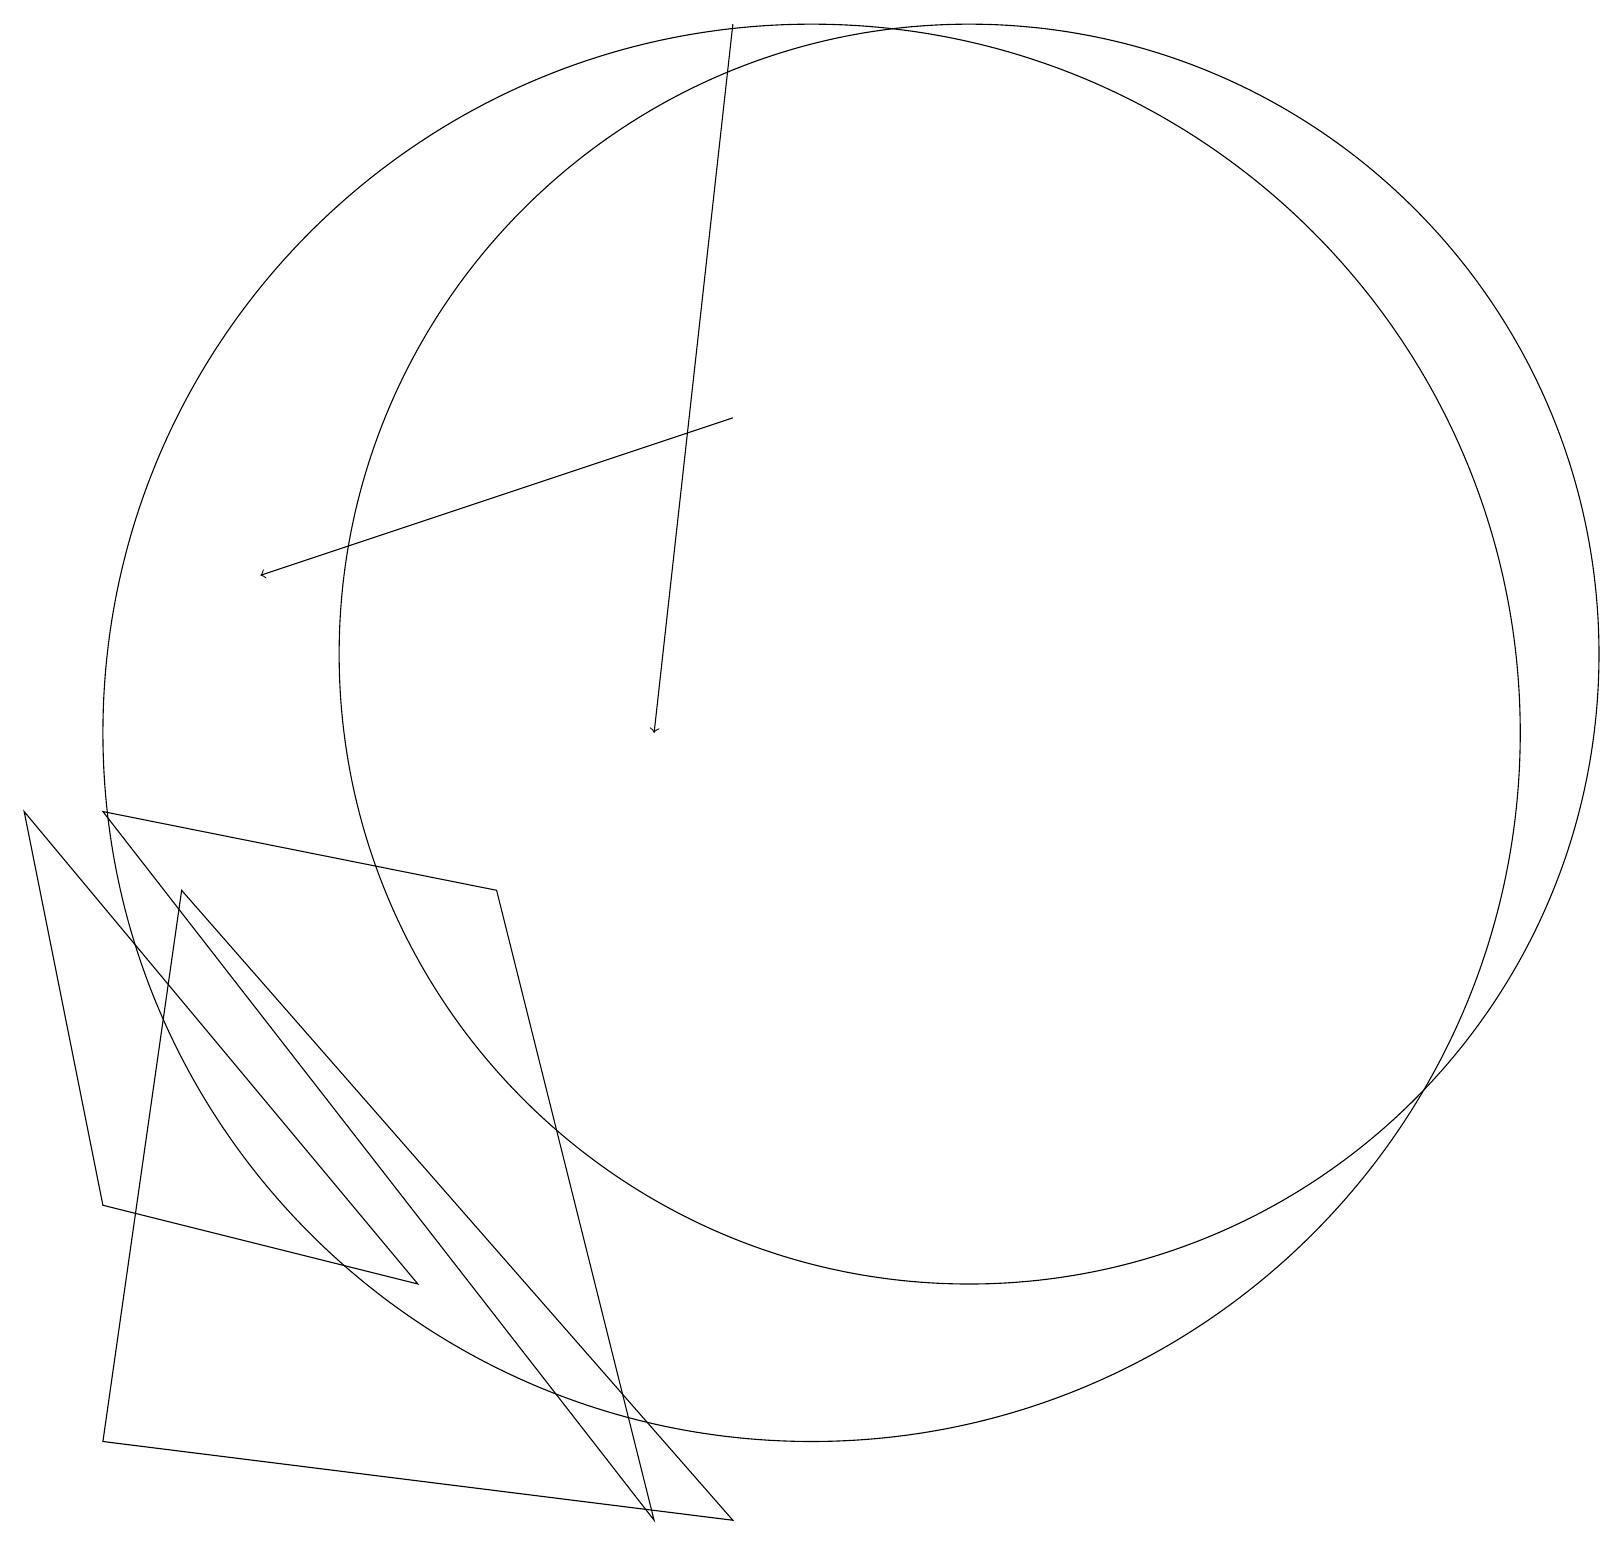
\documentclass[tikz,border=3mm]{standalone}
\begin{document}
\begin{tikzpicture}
\draw[->] (9,19) -- (8,10);
\draw (12,11) circle (8);
\draw (1,9) -- (6,8) -- (8,0) -- cycle;
\draw (10,10) circle (9);
\draw[->] (9,14) -- (3,12);
\draw (2,8) -- (1,1) -- (9,0) -- cycle;
\draw (5,3) -- (0,9) -- (1,4) -- cycle;
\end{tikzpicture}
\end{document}